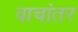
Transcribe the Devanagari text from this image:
वाचांतर